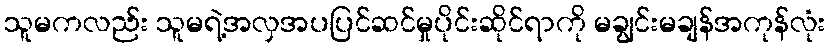
သူမကလည်း သူမရဲ့အလှအပပြင်ဆင်မှုပိုင်းဆိုင်ရာကို မချွင်းမချန်အကုန်လုံး